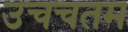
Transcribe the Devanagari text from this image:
उचचतम